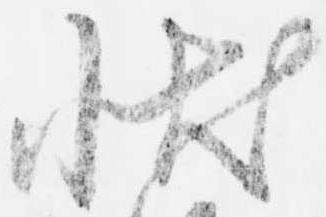
状